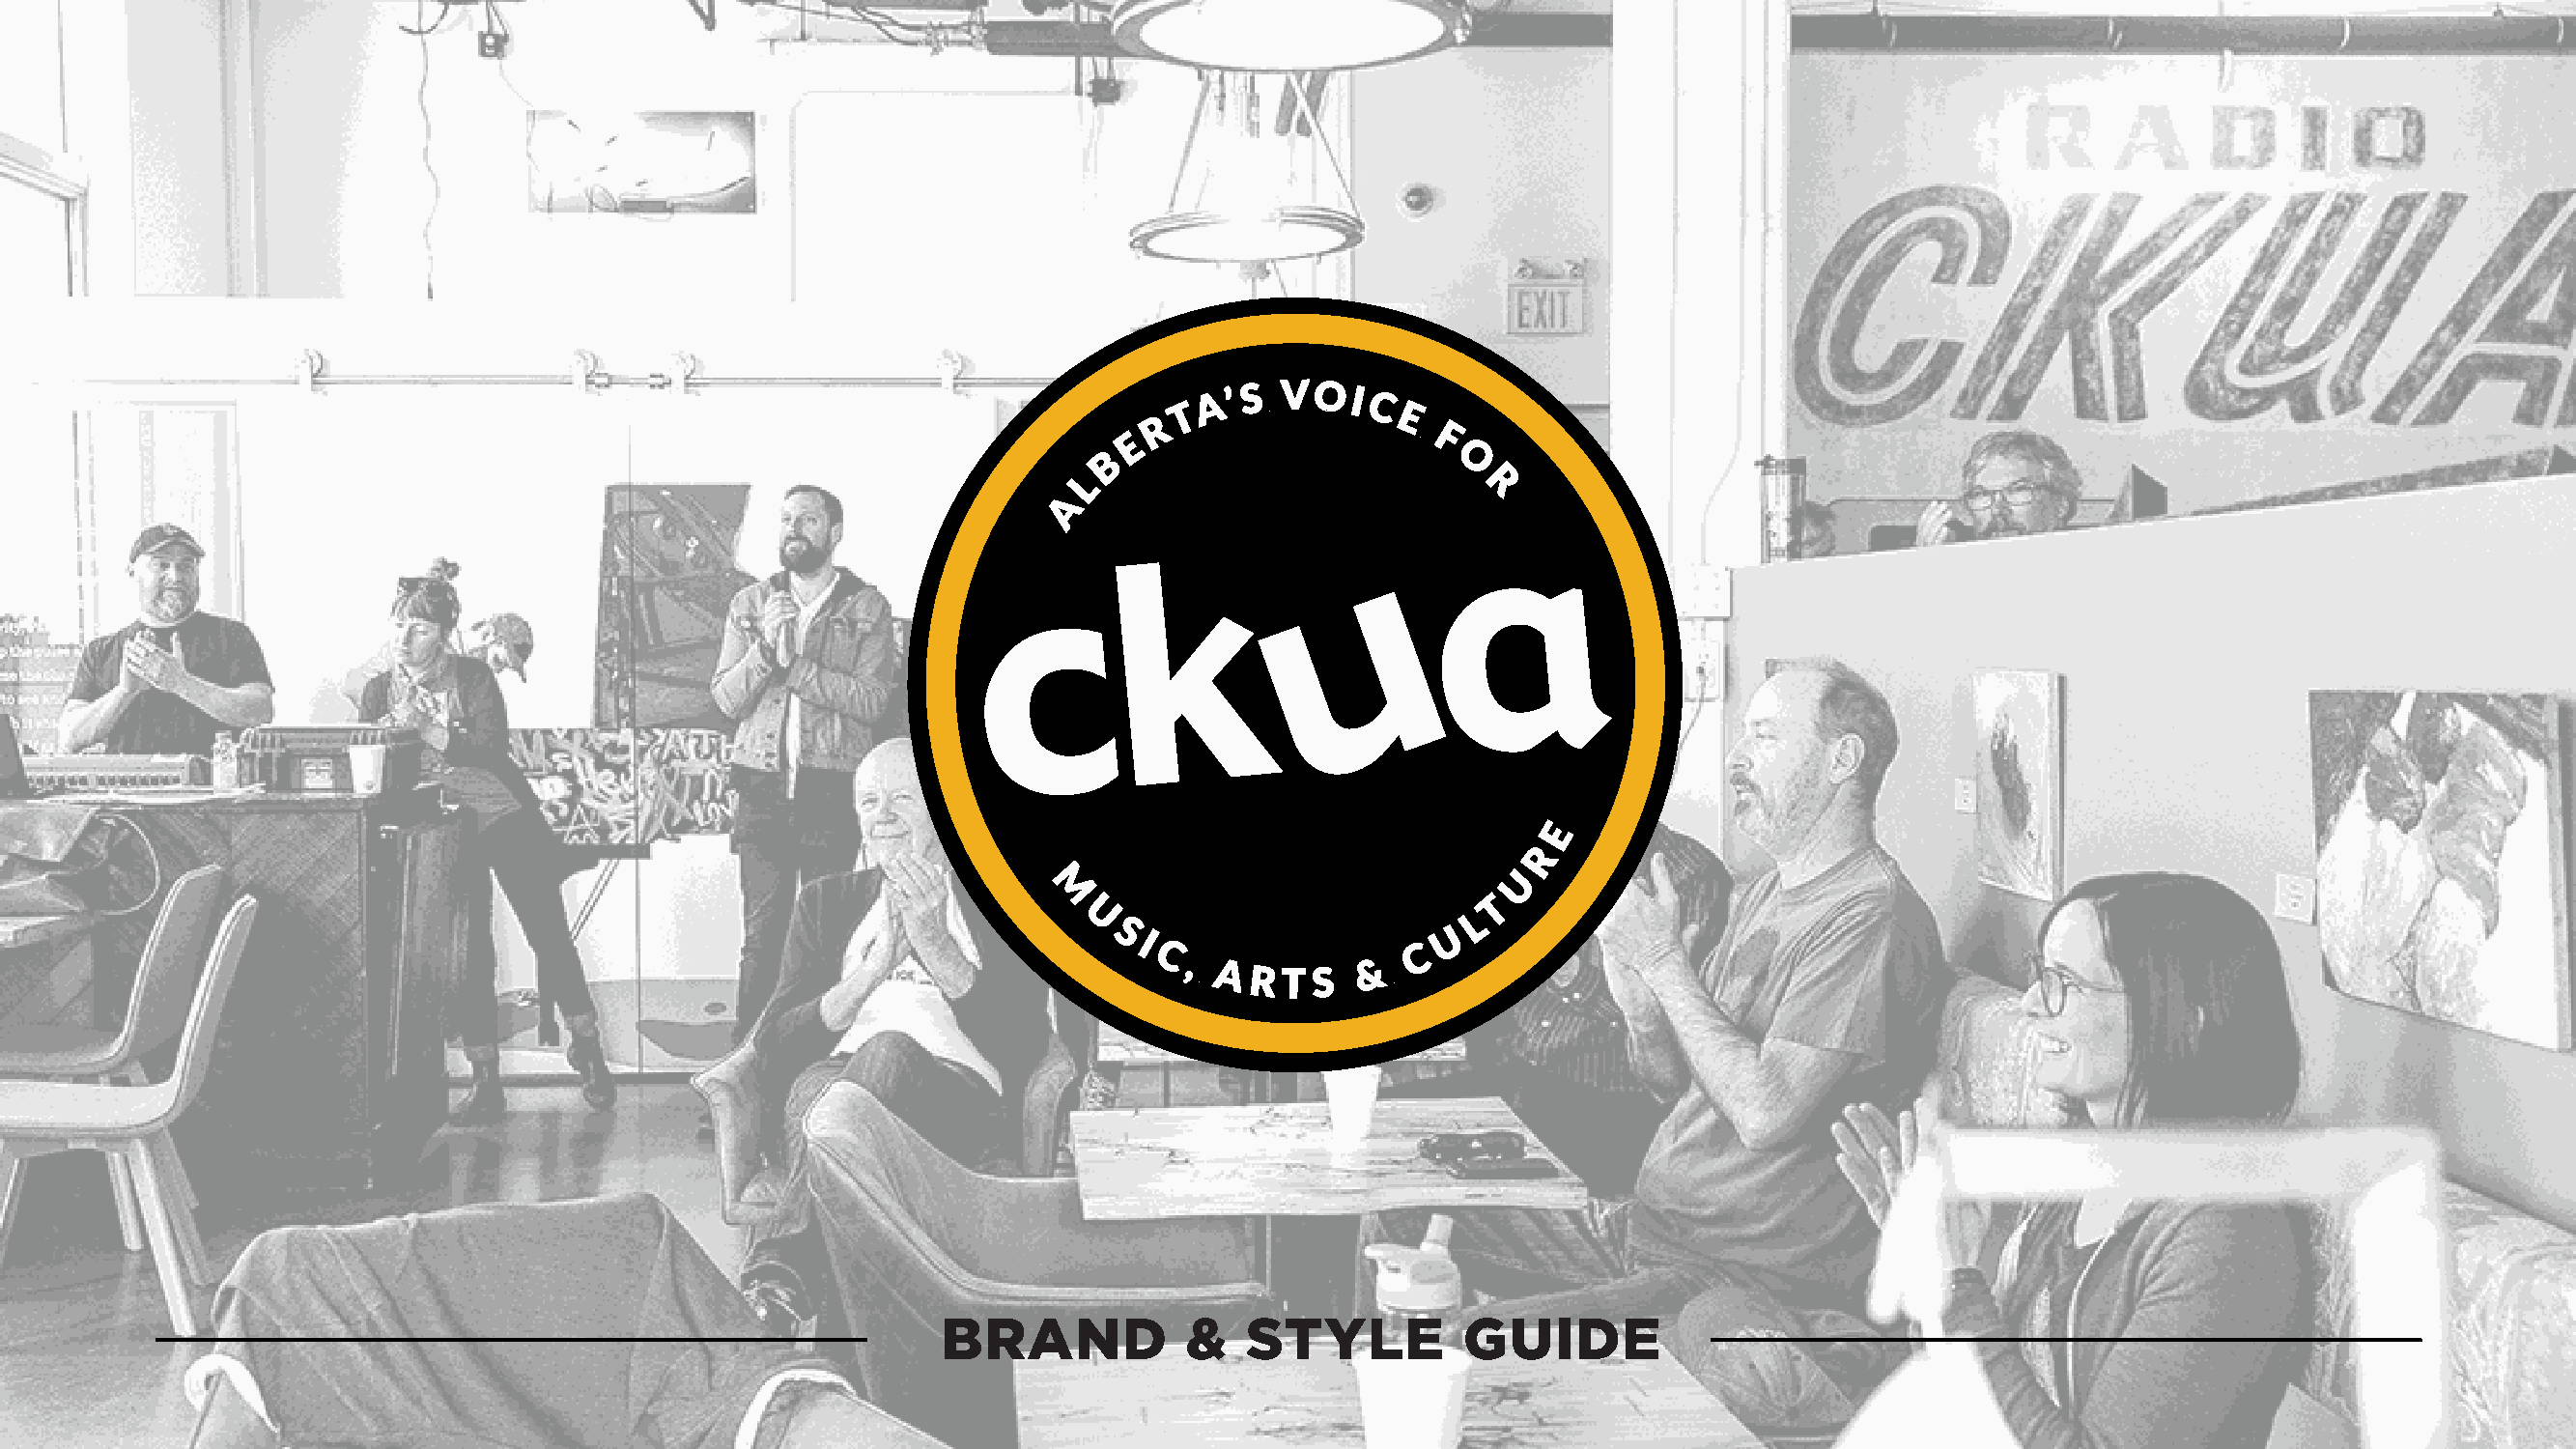
A ’ S VO  I
 T           C
 R               E
 E                    F
 B                      O
 L
 R
 A
 E
 R
 U
 M
 T
 U                          L
 S                      U
 I
 C
 C,
 &
 AR   T S
 BRAND           &   STYLE          GUIDE